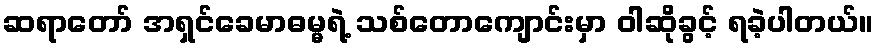
ဆရာတော် အရှင်ခေမာဓမ္မရဲ့ သစ်တောကျောင်းမှာ ဝါဆိုခွင့် ရခဲ့ပါတယ်။